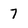
Character: 7